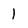
Character: 1